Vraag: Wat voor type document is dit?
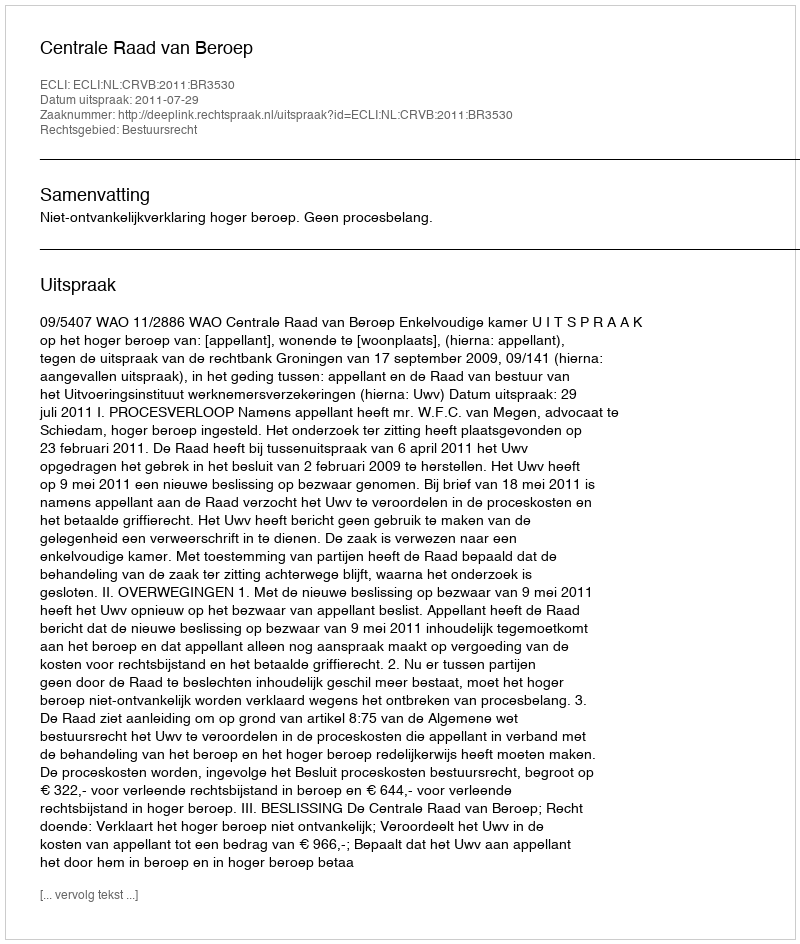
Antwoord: Uitspraak